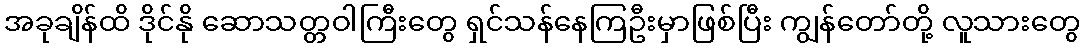
အခုချိန်ထိ ဒိုင်နို ဆောသတ္တဝါကြီးတွေ ရှင်သန်နေကြဦးမှာဖြစ်ပြီး ကျွန်တော်တို့ လူသားတွေ